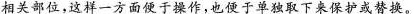
相关部位，这样一方面便于操作，也便于单独取下来保护或替换。